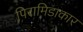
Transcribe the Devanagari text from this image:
पिरामिडाकार